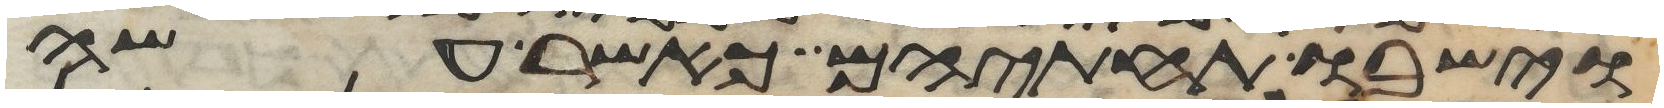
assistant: וישבו תחתיהם כאשר עשה